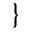
\}